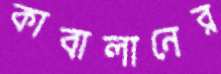
কাবালানের